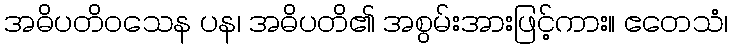
အဓိပတိဝသေန ပန၊ အဓိပတိ၏ အစွမ်းအားဖြင့်ကား။ ဧတေသံ၊